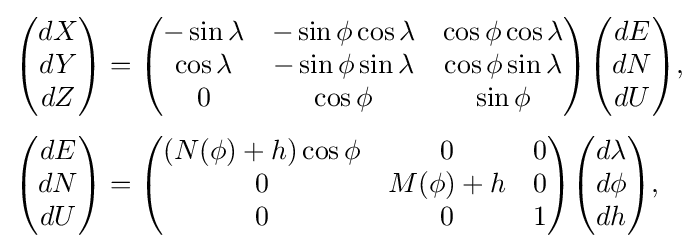
{\begin{aligned}{\begin{pmatrix}dX\\dY\\dZ\end{pmatrix}}&={\begin{pmatrix}-\sin \lambda &-\sin \phi \cos \lambda &\cos \phi \cos \lambda \\\cos \lambda &-\sin \phi \sin \lambda &\cos \phi \sin \lambda \\0&\cos \phi &\sin \phi \\\end{pmatrix}}{\begin{pmatrix}dE\\dN\\dU\end{pmatrix}},\\[3pt]{\begin{pmatrix}dE\\dN\\dU\end{pmatrix}}&={\begin{pmatrix}\left(N(\phi )+h\right)\cos \phi &0&0\\0&M(\phi )+h&0\\0&0&1\\\end{pmatrix}}{\begin{pmatrix}d\lambda \\d\phi \\dh\end{pmatrix}},\end{aligned}}